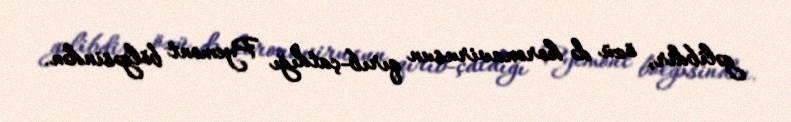
gəlibdir, özü də koronavirusun qırıb-çatdığı Pyemont bölgəsindən.